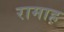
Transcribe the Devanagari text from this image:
रामाह